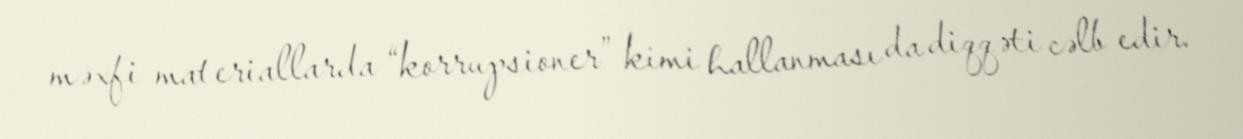
məxfi materiallarda “korrupsioner” kimi hallanması da diqqəti cəlb edir.